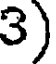
3)